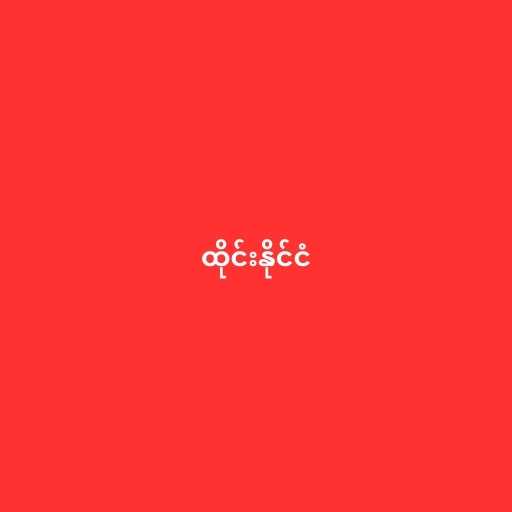
ထိုင်းနိုင်ငံ